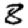
Digit: 8